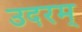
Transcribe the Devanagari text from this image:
उदरम्‌